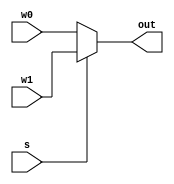
`timescale 1ns / 1ps
//////////////////////////////////////////////////////////////////////////////////
// Company: 
// Engineer: 
// 
// Design Name: 
// Module Name: test
// Project Name: 
// Target Devices: 
// Tool Versions: 
// Description: 
// 
// Dependencies: 
// 
// Revision:
// Revision 0.01 - File Created
// Additional Comments:
// 
//////////////////////////////////////////////////////////////////////////////////


module mux2to1(w0, w1, s, out);
input [31:0]w0;
input [31:0]w1;
input s;
output [31:0]out;

assign out = s ? w1 : w0;

endmodule